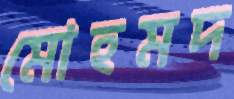
মোহমদ